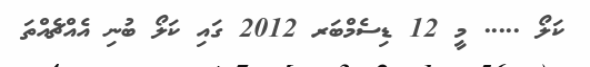
ކަލޯ ..... މީ 12 ޑިސެމްބަރ 2012 ގައި ކަލޯ ބުނި އެއްޗެއްތަ